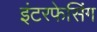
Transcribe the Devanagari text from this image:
इंटरफेसिंग